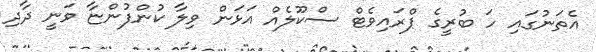
އެތަނުގައި ހަ ބުރީގެ ޕްރައިވެޓް ސްކޫލެއް އަޅަން ވިލާ ކުންފުންޏާ ވަނީ ދާދި